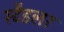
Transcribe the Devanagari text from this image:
स्टैडलर